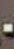
-